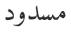
مسدود